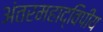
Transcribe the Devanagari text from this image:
अंतरमहाद्विपीय